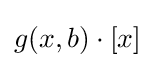
g(x,b)\cdot [x]